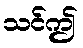
သင်ဤ